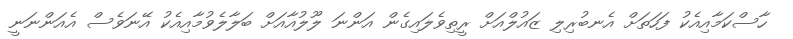
ހާސްކަމާއިއެކު ފަހަތަށް އެނބުރިލި ޒައުލްއަށް ރީތިވެލައިގެން އަންނަ ލޫލުއާއަށް ބަލާލެވުމާއިއެކު އޭނަވެސް އެއަންނަނީ